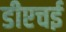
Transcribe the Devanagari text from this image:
डीएचई